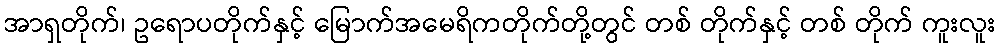
အာရှတိုက်၊ ဥရောပတိုက်နှင့် မြောက်အမေရိကတိုက်တို့တွင် တစ် တိုက်နှင့် တစ် တိုက် ကူးလူး